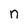
Character: n